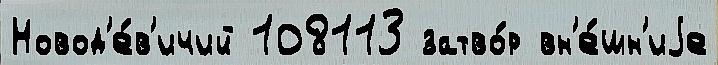
Новод'е́в'ичий 108113 затво́р вн'е́шн'иjе